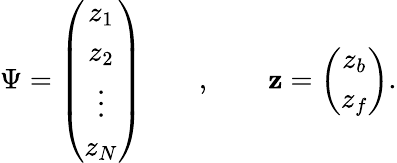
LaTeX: \Psi=\left(\begin{array}{c}{{z_{1}}}\\ {{z_{2}}}\\ {{\vdots}}\\ {{z_{N}}}\end{array}\right)\qquad,\qquad\mathbf{z}=\left(\begin{array}{c}{{z_{b}}}\\ {{z_{f}}}\end{array}\right).